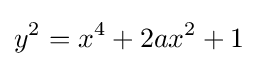
y^{2}=x^{4}+2ax^{2}+1